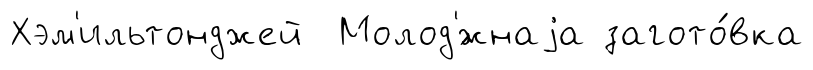
Хэм'ильтонджей Молод'́жнаjа загото́вка